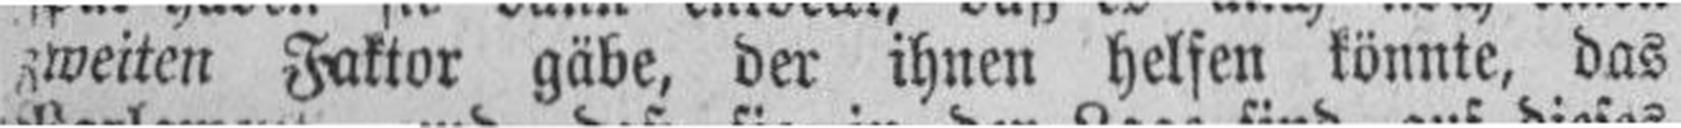
zweiten Faktor gäbe, der ihnen helfen könnte, das